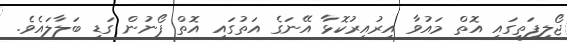
ޖޯލިފަތީގައި އޮތް މައުވާ އިރުއިރުކޮޅާ އޭނަގެ އަތުގައި އޮތް ފޯނުން ގަޑި ބަލާލައެވެ.